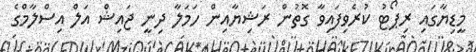
މީޑިޔާގައި ރިޕޯޓު ކުރެވިފައިވާ ގޮތުން ރަޝިޔާއިން ހަމަލާ ދިނީ ޖައިޝް އަލް އިސްލާމްގެ